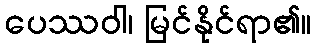
ပေဿဝါ၊ မြင်နိုင်ရာ၏။